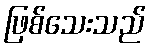
ဖြစ်သေးသည်